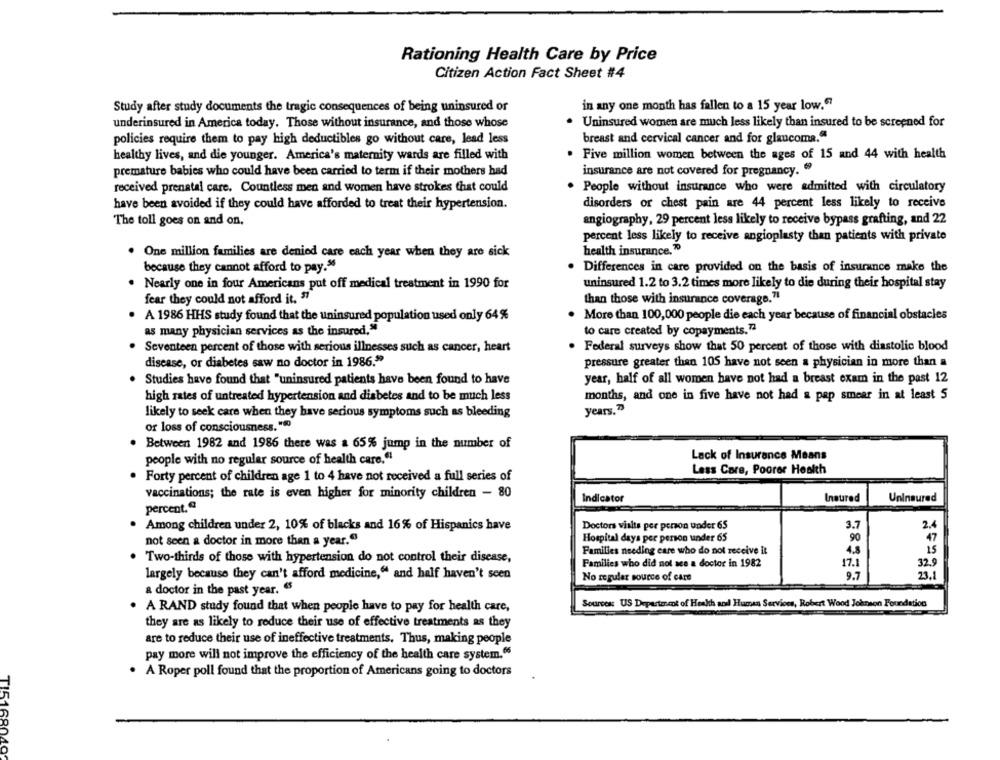
Rationing Health Care by Price
Citizen Action Fact Sheet #4
in any one month has fallen to a 15 year low."
Study after study documents the tragic consequences of being uninsured or
underinsured in America today. Those without insurance, and those whose
Uninsured women are much less likely than insured to be screened for
policies require them to pay high deductibles go without care, lead less
breast and cervical cancer and for glaucoma."
healthy lives, and die younger. America's maternity wards are filled with
Five million women between the ages of 15 and 44 with health
premature babies who could have been carried to term if their mothers had
insurance are not covered for pregnancy.
received prenatal care. Countless men and women have strokes that could
People without insurance who were admitted with circulatory
have been avoided if they could have afforded to treat their hypertension.
disorders or chest pain are 44 percent less likely to receive
angiography, 29 percent less likely to receive bypass grafting, and 22
The toll goes on and on,
percent less likely to receive angioplasty than patients with private
health insurance."
. One million families are denied care each year when they are sick
because they cannot afford to pay.96
. Differences in care provided on the basis of insurance make the
. Nearly one in four Americans put off medical treatment in 1990 for
uninsured 1.2 to 3.2 times more likely to die during their hospital stay
fear they could not afford it. $7
than those with insurance coverage.7
. A 1986 HHS study found that the uninsured population used only 64%
. More than 100,000 people die each year because of financial obstacles
as many physician services as the insured,"
to care created by copayments.7ª
Seventeen percent of those with serious illnesses such as cancer, heart
. Federal surveys show that 50 percent of those with diastolic blood
disease, or diabetes saw no doctor in 1986."
pressure greater than 105 have not seen a physician in more than a
Studies have found that "uninsured patients have been found to have
year, half of all women have not had a breast exam in the past 12
high rates of untreated hypertension and diabetes and to be much less
months, and one in five have not had a pap smear in at least 5
years."
likely to seek care when they have serious symptoms such as bleeding
or loss of consciousness."()
Between 1982 and 1986 there was a 65% jump in the number of
Lack of Insurance Means
people with no regular source of health care."
Less Care, Poorer Health
Forty percent of children age 1 to 4 have not received a full series of
vaccinations; the rate is even higher for minority children - 80
Indicator
Insured
Uninsured
percent.“
Doctors visits per person under 65
Among children under 2, 10% of blacks and 16% of Hispanics have
3.7
2.
Hospital days per person under 65
90
47
not seen a doctor in more than a year."
Families needing care who do not receive it
4.8
15
Two-thirds of those with hypertension do not control their disease,
Families who did not ace a doctor in 1982
32.9
17.1
largely because they can't afford medicine," and half haven't seen
No regular source of care
9.7
23.1
a doctor in the past year. "S
A RAND study found that when people have to pay for health care,
Sources: US Department of Health and Human Services, Robert Wood Johnson Foundation
they are as likely to reduce their use of effective treatments as they
are to reduce their use of ineffective treatments. Thus, making people
pay more will not improve the efficiency of the health care system.6
A Roper poll found that the proportion of Americans going to doctors
TI5168040